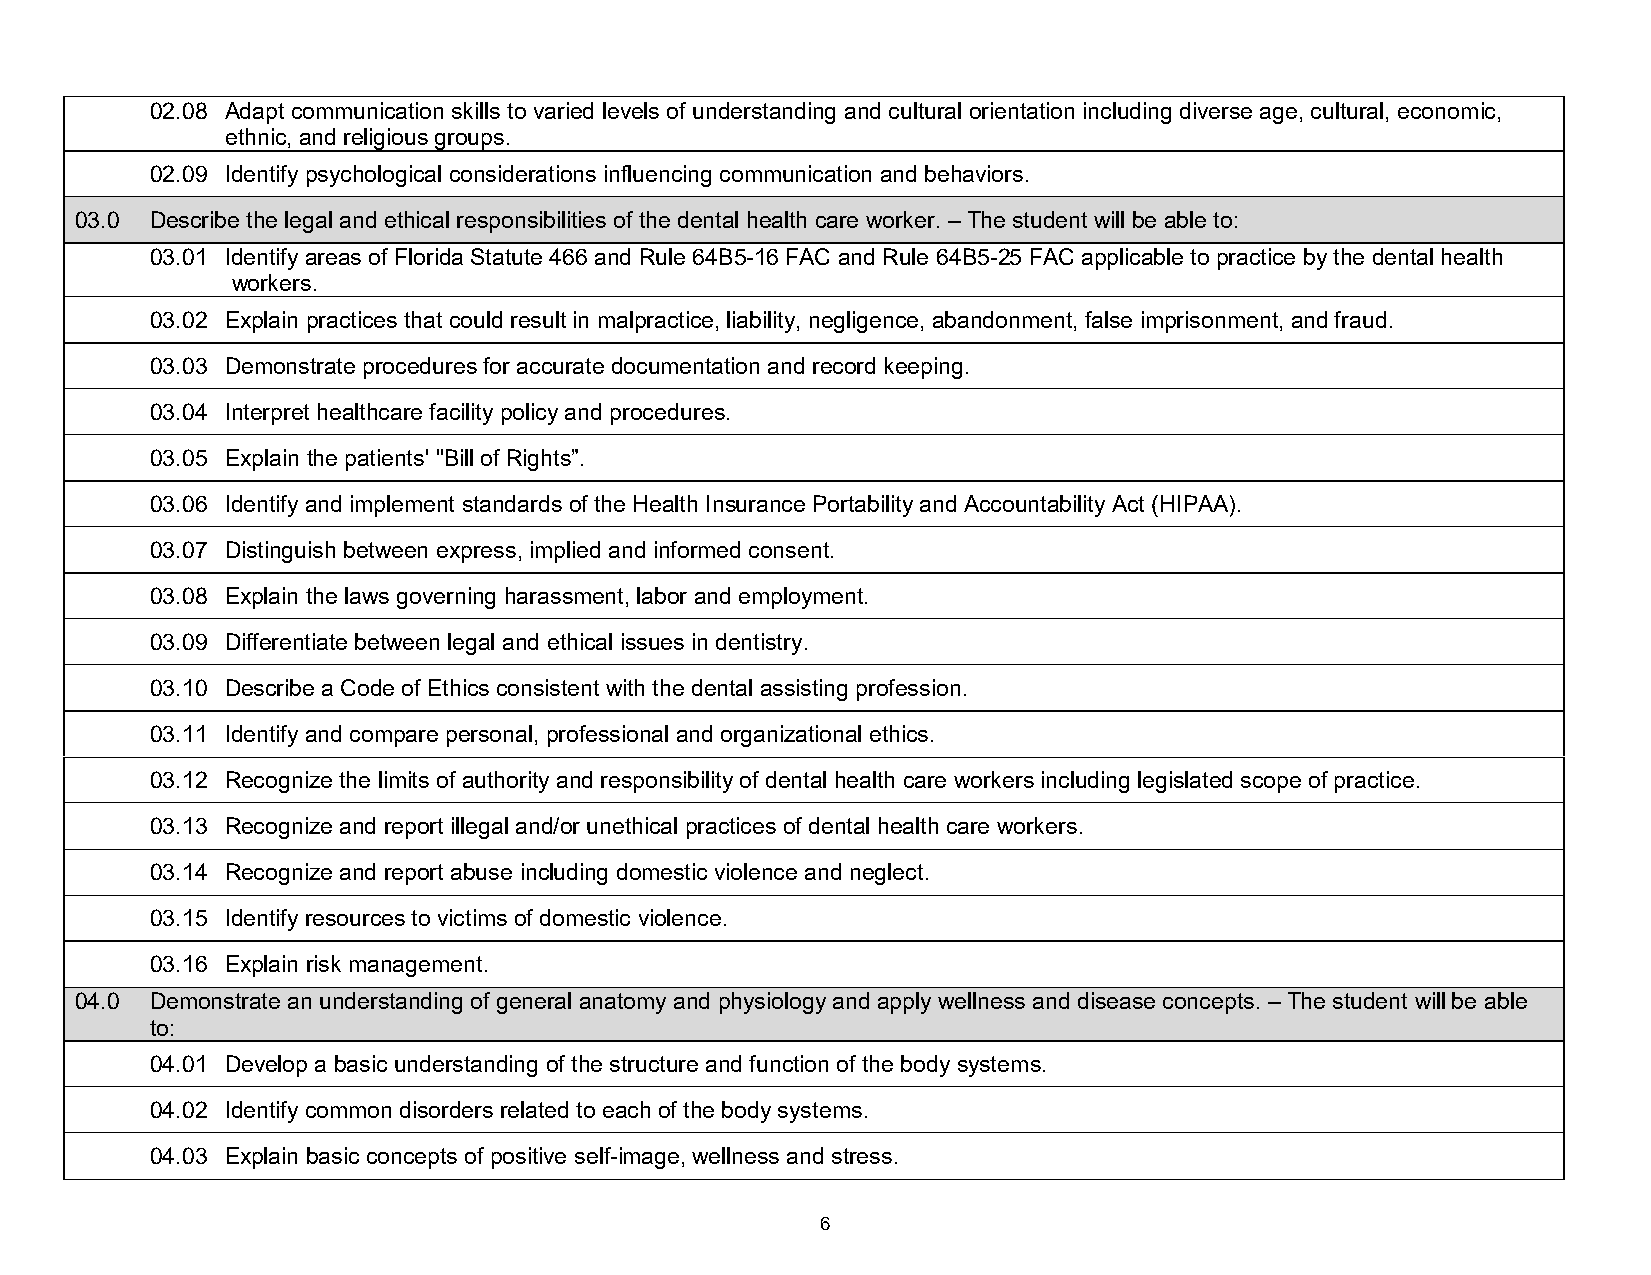
02.08 Adapt communication skills to varied levels of understanding and cultural orientation including diverse age, cultural, economic,
 ethnic, and religious groups.
 02.09 Identify psychological considerations influencing communication and behaviors.
 03.0 Describe the legal and ethical responsibilities of the dental health care worker. – The student will be able to:
 03.01 Identify areas of Florida Statute 466 and Rule 64B5-16 FAC and Rule 64B5-25 FAC applicable to practice by the dental health
 workers.
 03.02 Explain practices that could result in malpractice, liability, negligence, abandonment, false imprisonment, and fraud.
 03.03 Demonstrate procedures for accurate documentation and record keeping.
 03.04 Interpret healthcare facility policy and procedures.
 03.05 Explain the patients' "Bill of Rights”.
 03.06 Identify and implement standards of the Health Insurance Portability and Accountability Act (HIPAA).
 03.07 Distinguish between express, implied and informed consent.
 03.08 Explain the laws governing harassment, labor and employment.
 03.09 Differentiate between legal and ethical issues in dentistry.
 03.10 Describe a Code of Ethics consistent with the dental assisting profession.
 03.11 Identify and compare personal, professional and organizational ethics.
 03.12 Recognize the limits of authority and responsibility of dental health care workers including legislated scope of practice.
 03.13 Recognize and report illegal and/or unethical practices of dental health care workers.
 03.14 Recognize and report abuse including domestic violence and neglect.
 03.15 Identify resources to victims of domestic violence.
 03.16 Explain risk management.
 04.0 Demonstrate an understanding of general anatomy and physiology and apply wellness and disease concepts. – The student will be able
 to:
 04.01 Develop a basic understanding of the structure and function of the body systems.
 04.02 Identify common disorders related to each of the body systems.
 04.03 Explain basic concepts of positive self-image, wellness and stress.
 6